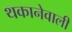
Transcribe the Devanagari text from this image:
थकानेवाली